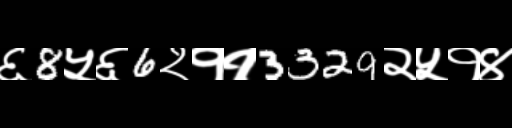
Text: ६8५६6२११3329२५१४